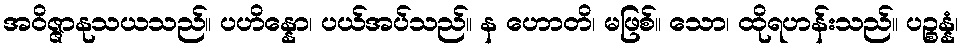
အဝိဇ္ဇာနုသယသည်။ ပဟိန္နော၊ ပယ်အပ်သည်။ န ဟောတိ၊ မဖြစ်။ သော၊ ထိုရဟန်းသည်။ ပဉ္စန္နံ၊